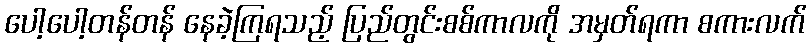
ပေါ့ပေါ့တန်တန် နေခဲ့ကြရသည့် ပြည်တွင်းစစ်ကာလကို အမှတ်ရကာ စကားလက်